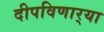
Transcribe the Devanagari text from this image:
दीपविणार्‍या